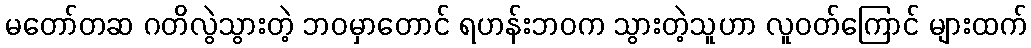
မတော်တဆ ဂတိလွဲသွားတဲ့ ဘဝမှာတောင် ရဟန်းဘဝက သွားတဲ့သူဟာ လူဝတ်ကြောင် များထက်